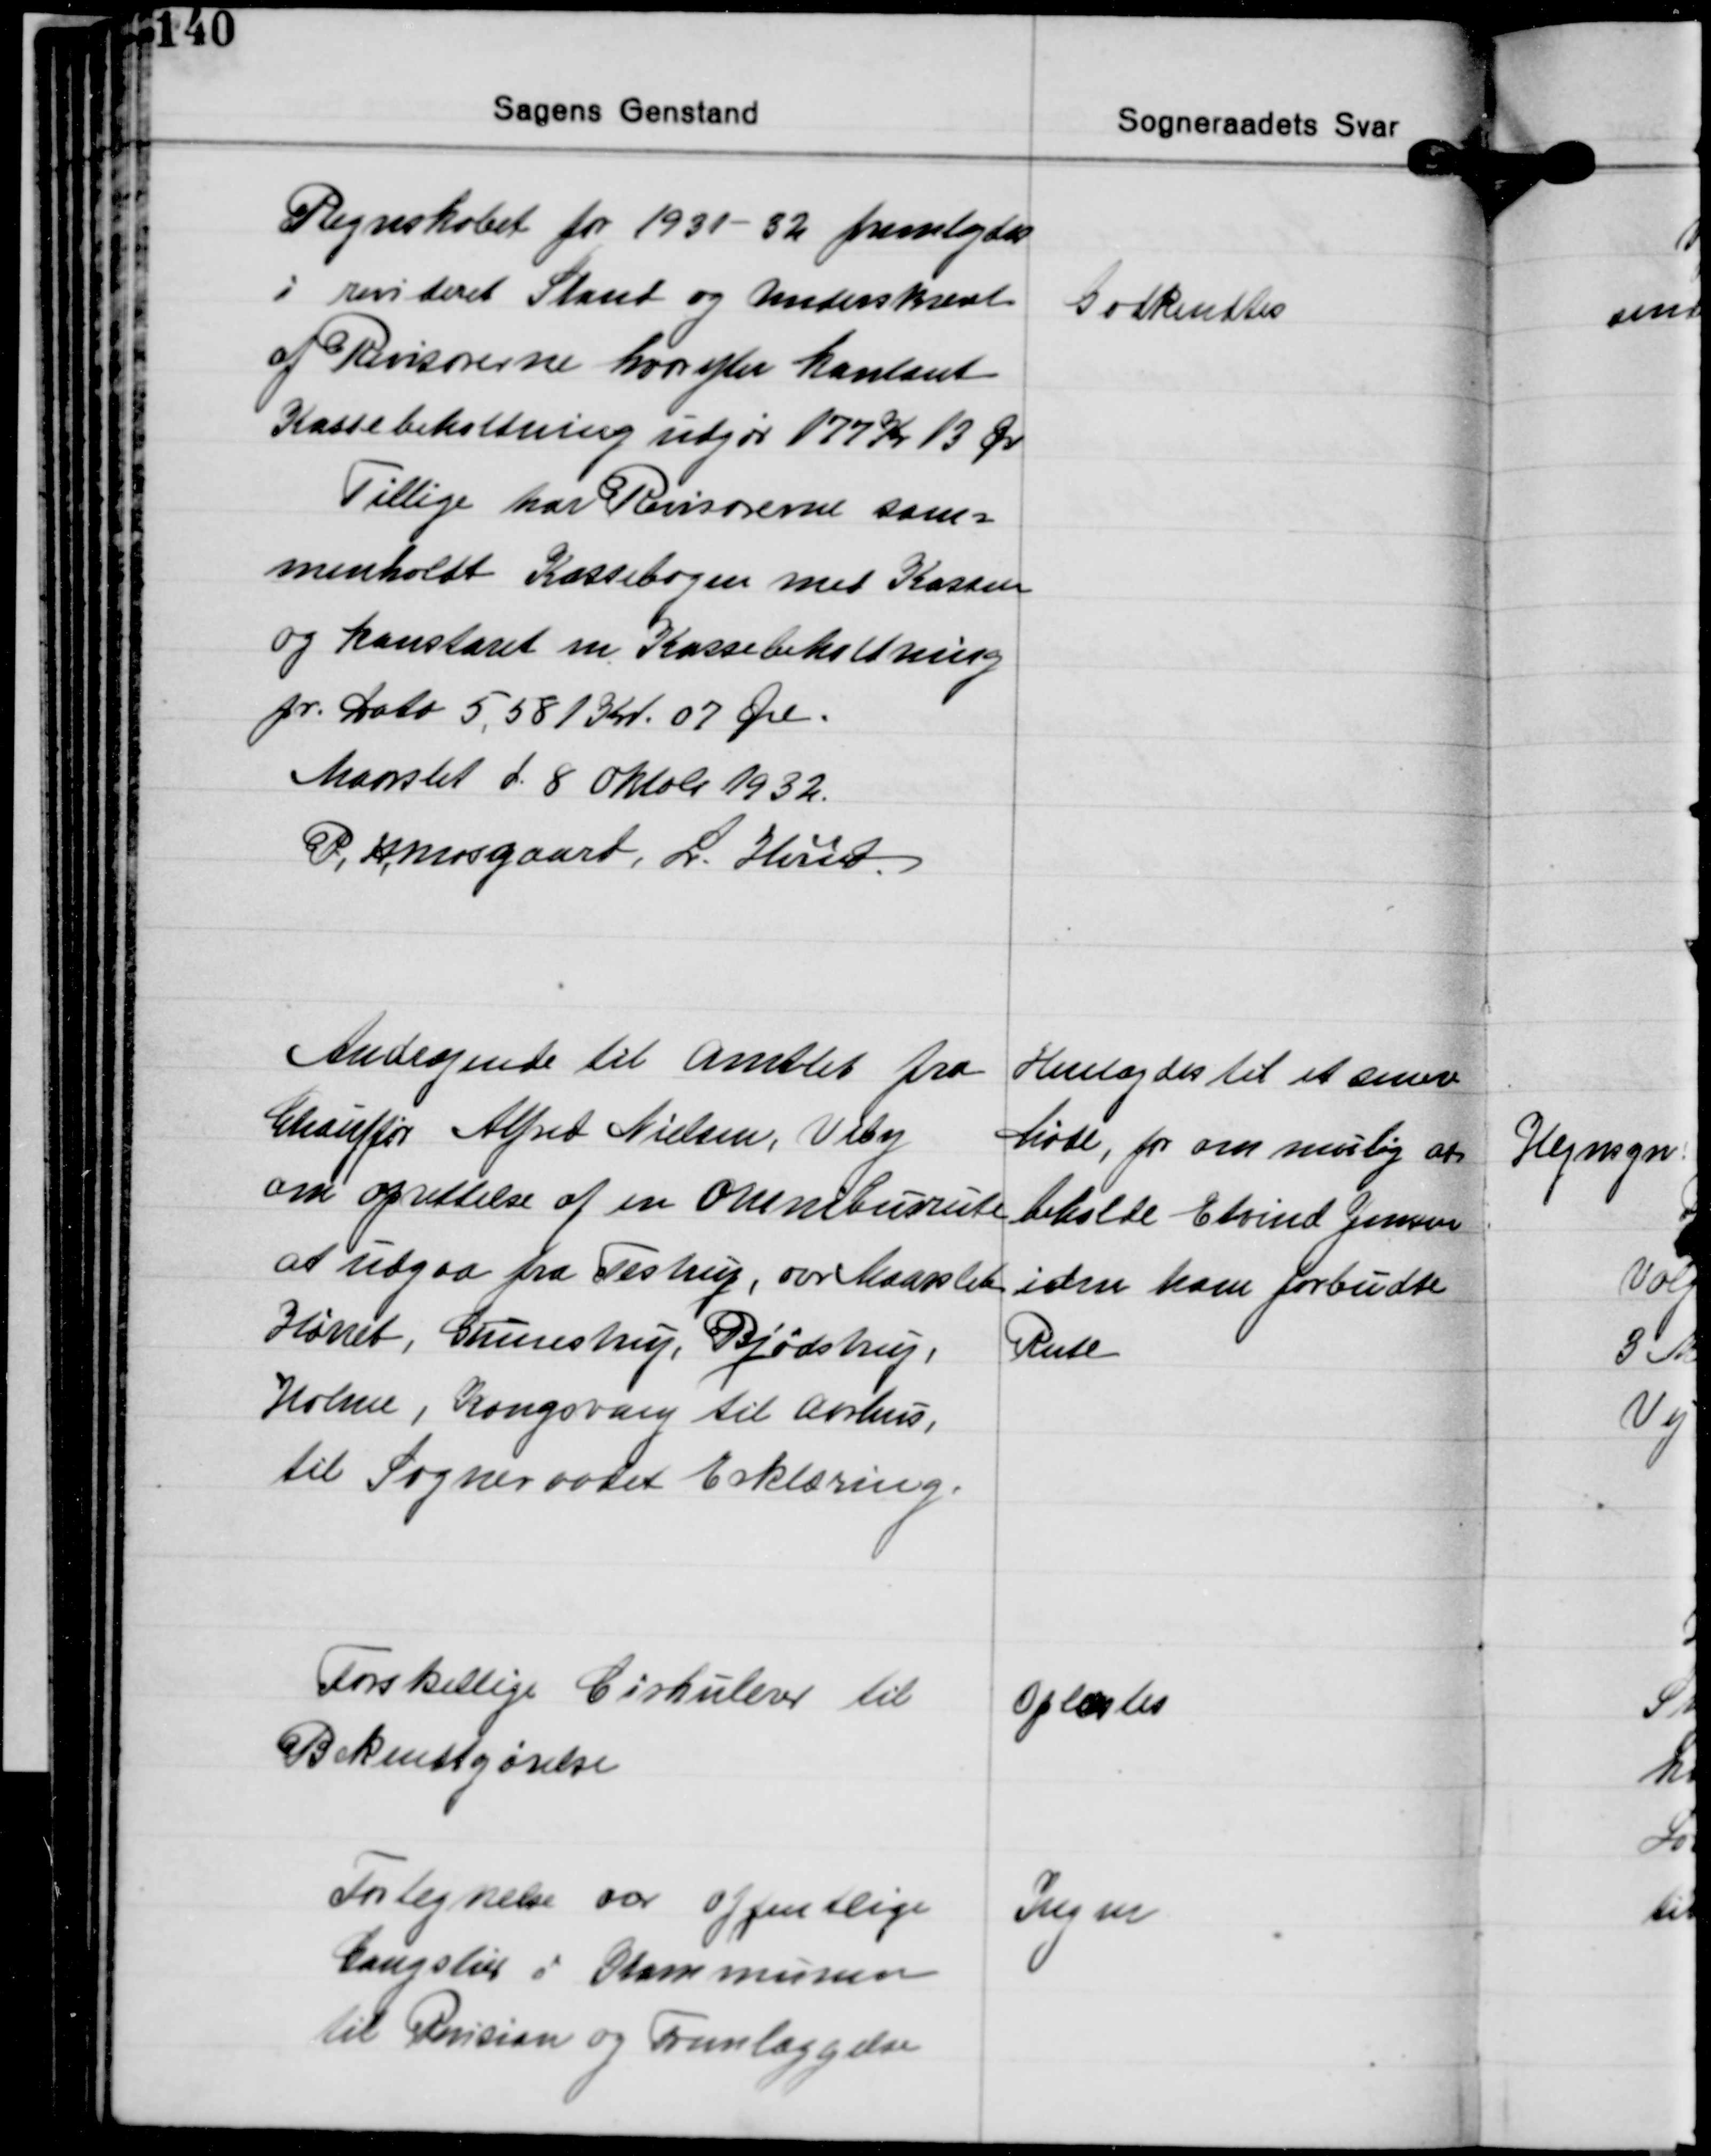
Transskription:
Regnskabet for 1931-32 fremlagdes
i revideret Stand og Underskrevet
af Revisorerne hvorefter kontant
Kassebeholdning udgør 177 Kr 13 Øre
Tillige har Revisorerne sam-
menholdt Kassebogen med Kassen
og konstaret en Kassebeholdning
pr. Dato 5,581 Kr. 07 Øre.
Maarslet d. 8 Oktober 1932.
P. H. Mosgaard, L. Hviid

Godkendtes

Andragende til Amtet fra
Chauffør Alfred Nielsen, Viby
om oprettelse af en Omnibusrute
at udgaa fra Testrup, over Maarslet
Hørret, Gunnestrup, Bjødstrup
Holme, Kongsvang til Aarhus,
til Sogneraadet Erklæring.

Henlagdes til et senere
Møde, for om mulig at
beholde Edvind Jensen
i den ham forbudte
Rute

Forskellige Cirkulærer til
Bekendtgørelse

Oplæstes

Fortegnelse var offentlige
Gangstier i Kommunen
til Revision og Fremlæggelse

Ingen